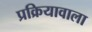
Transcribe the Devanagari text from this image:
प्रक्रियावाला